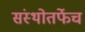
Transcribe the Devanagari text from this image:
संस्थोतर्फेच